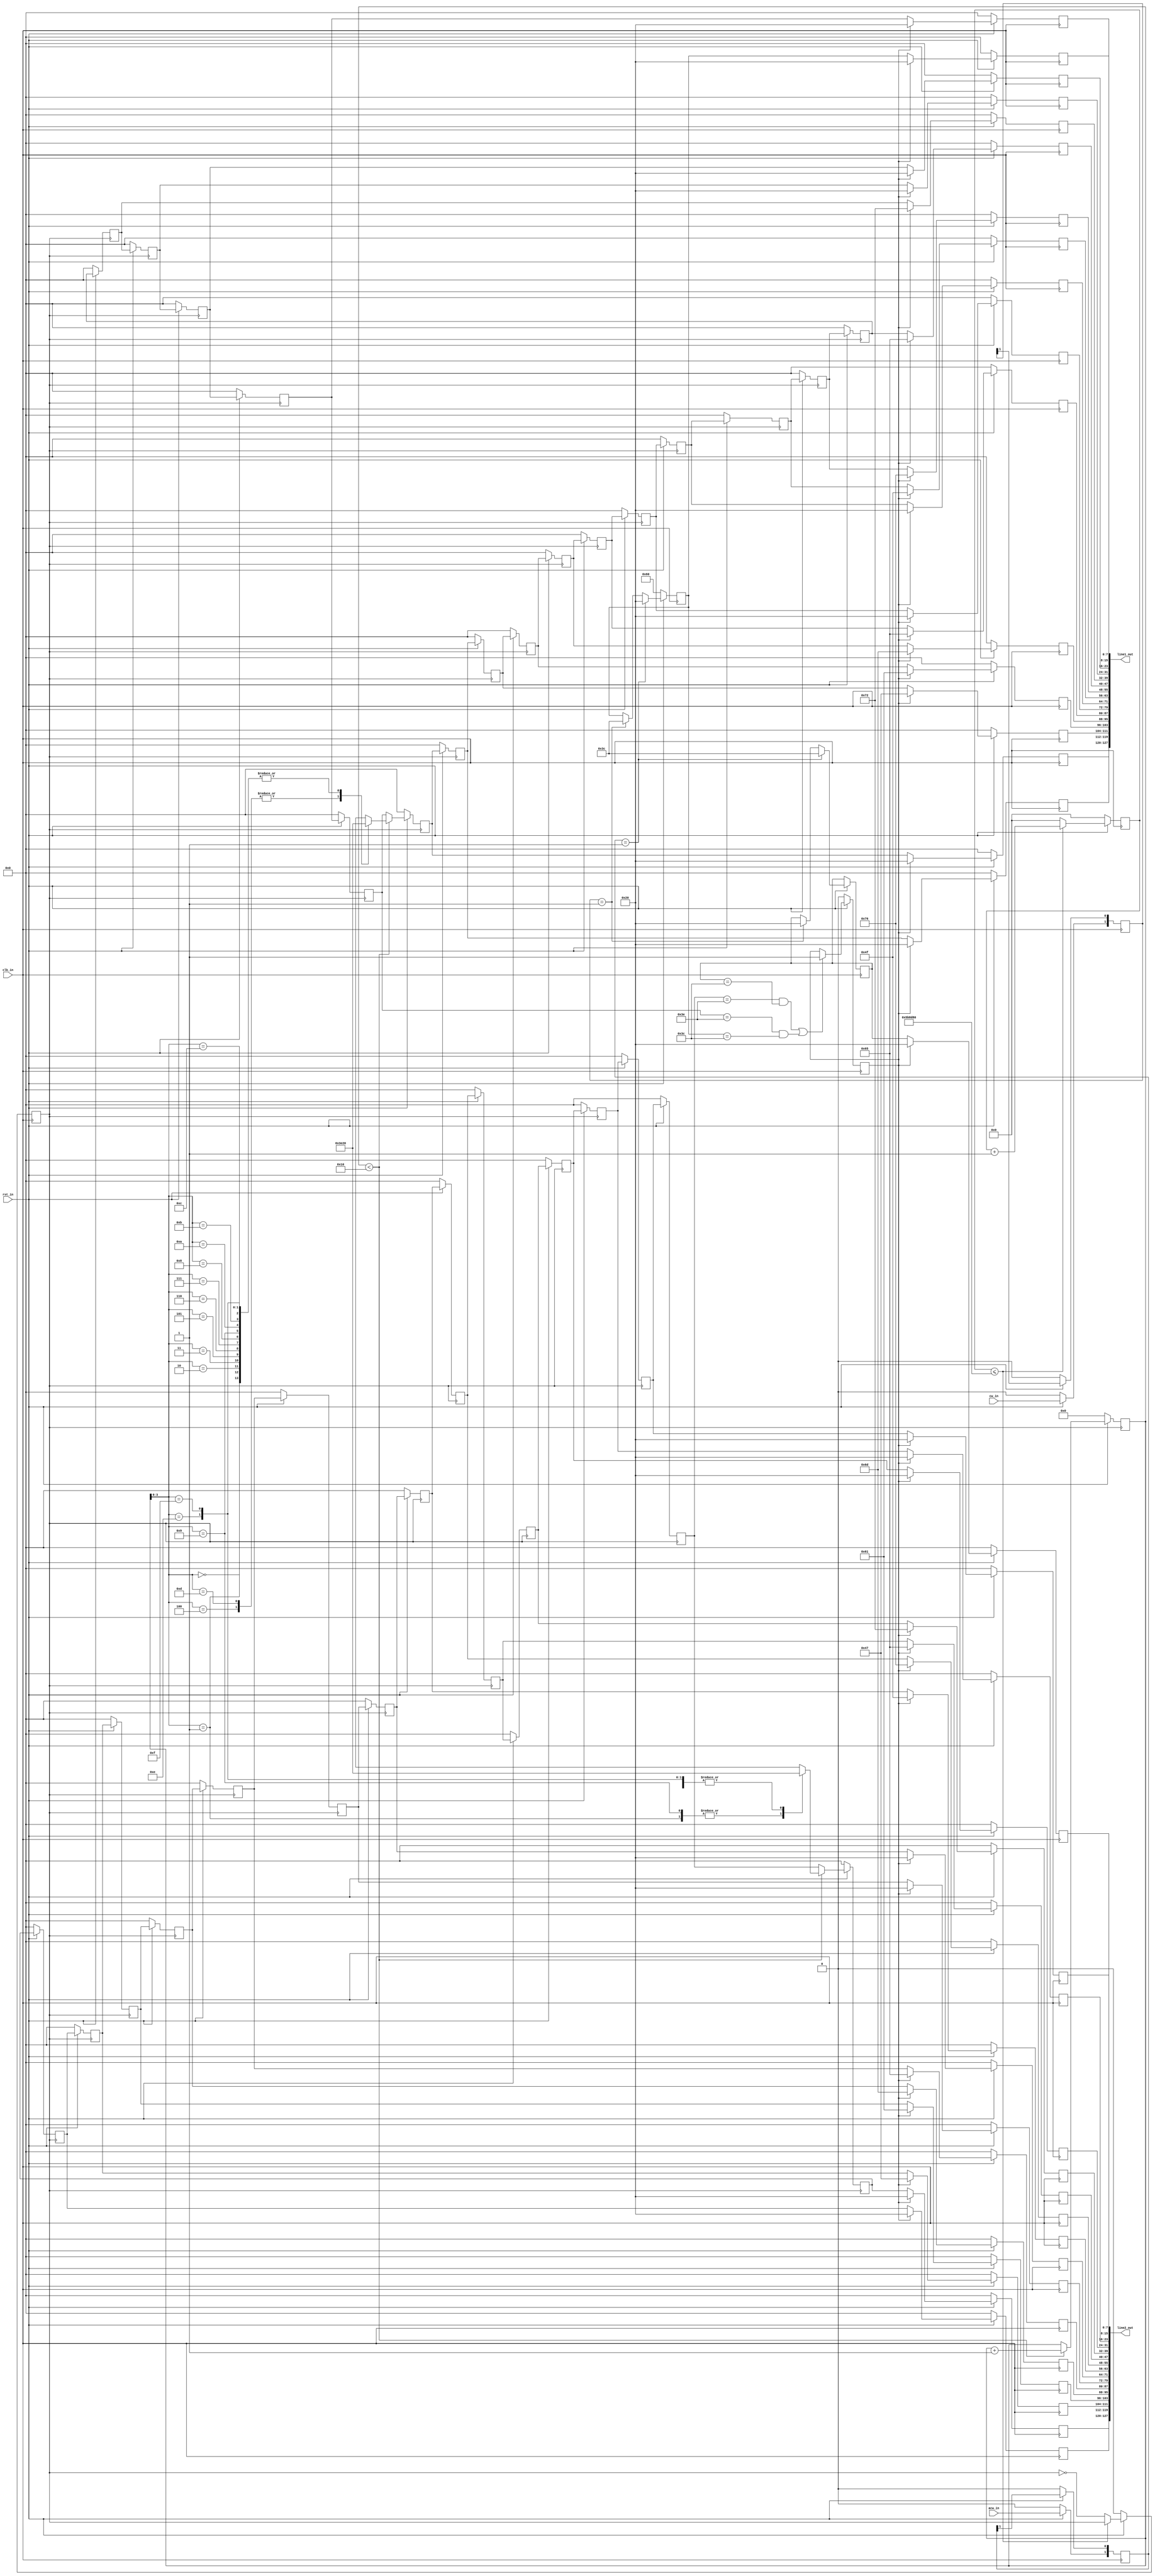
`timescale 1ns / 1ps
//////////////////////////////////////////////////////////////////////////////////
// Company: 
// Engineer: 
// 
// Design Name: 
// Module Name:    game_engine 
// Project Name: 
// Target Devices: 
// Tool versions: 
// Description: 
//
// Dependencies: 
//
// Revision: 
// Revision 0.01 - File Created
// Additional Comments: 
//
//////////////////////////////////////////////////////////////////////////////////
module game_engine(
		input clk_in,
		input rst_in,
		input cw_in,
		input acw_in,
		
		output [127:0] line1_out,
		output [127:0] line2_out
    );
	
	reg clk_vel;
	reg [32:0] count_vel;
	reg [7:0] line1_buff [15:0];
	reg [7:0] line2_buff [15:0];
	wire [7:0] env1_arr [15:0];
	wire [7:0] env2_arr [15:0];
	
	reg [1:0] cw_buff,acw_buff;
	reg [4:0]load_count ;
	
	reg [7:0]car_left;
	reg [7:0] car_right;
	
	reg [7:0] line1_mix [15:0];
	reg [7:0] line2_mix [15:0];
	reg game_over;
	wire [7:0] msg_game_over[15:0];
	
	
	
	
	assign msg_game_over[15] = " ";
	assign msg_game_over[14] = " ";
	assign msg_game_over[13] = "G";
	assign msg_game_over[12] = "a";
	assign msg_game_over[11] = "m";
	assign msg_game_over[10] = "e";
	assign msg_game_over[9] =  " ";
	assign msg_game_over[8] = " ";
	assign msg_game_over[7] = "O";
	assign msg_game_over[6] = "v";
	assign msg_game_over[5] = "e";
	assign msg_game_over[4] = "r";
	assign msg_game_over[3] = " ";
	assign msg_game_over[2] = " ";
	assign msg_game_over[1] = " ";
	assign msg_game_over[0] = " ";
	
	
	assign env1_arr[15] = " ";
	assign env1_arr[14] = " ";
	assign env1_arr[13] = ">";
	assign env1_arr[12] = " ";
	assign env1_arr[11] = " ";
	assign env1_arr[10] = " ";
	assign env1_arr[9] = " ";
	assign env1_arr[8] = " ";
	assign env1_arr[7] = " ";
	assign env1_arr[6] = " ";
	assign env1_arr[5] = " ";
	assign env1_arr[4] = ">";
	assign env1_arr[3] = " ";
	assign env1_arr[2] = " ";
	assign env1_arr[1] = " ";
	assign env1_arr[0] = " ";
	
	
	assign env2_arr[15] = " ";
	assign env2_arr[14] = " ";
	assign env2_arr[13] = " ";
	assign env2_arr[12] = " ";
	assign env2_arr[11] = " ";
	assign env2_arr[10] = " ";
	assign env2_arr[9] = ">";
	assign env2_arr[8] = " ";
	assign env2_arr[7] = " ";
	assign env2_arr[6] = " ";
	assign env2_arr[5] = " ";
	assign env2_arr[4] = " ";
	assign env2_arr[3] = " ";
	assign env2_arr[2] = " ";
	assign env2_arr[1] = ">";
	assign env2_arr[0] = " ";
	
	
	
	always@(posedge clk_in) begin
		if(!rst_in) begin
			cw_buff<=2'b0;
			acw_buff<=2'b0;
			car_left<=8'h20;
			car_left<=8'h60;
		end else begin
			cw_buff[0]<=cw_buff[1];
			cw_buff[1]<=cw_in;
			acw_buff[0]<=acw_buff[1];
			acw_buff[1]<=acw_in;
			if(acw_buff==2'b01) begin
				car_left<=" ";
				car_right<="<";
			end else begin
				if(cw_buff==2'b01) begin
					car_left<="<";
					car_right<=" ";
				end
			end
		end
	end
	
	always@(posedge clk_in) begin
		if(!rst_in) begin
			game_over<=0;
		end else begin
			if((line2_buff[0]==">" && car_right=="<")|(line1_buff[0]==">" && car_left=="<")) begin
				game_over<=1'b1;
			end
		end
	end
	
	genvar b;
	generate
	for(b=15;b>0;b=b-1) begin : GameMix
		always@(posedge clk_in) begin
			if(!rst_in) begin
				line1_mix[b]<=0;
				line2_mix[b]<=0;
			end else begin
				if(!game_over) begin
					line1_mix[b]<=line1_buff[b];
					line2_mix[b]<=line2_buff[b];
				end else begin
					line1_mix[b]<=msg_game_over[b];
					line2_mix[b]<=msg_game_over[b];
				end
			end
		end
	end
	endgenerate
	
		always@(posedge clk_in) begin
			if(!rst_in) begin
				line1_mix[0]<=0;
				line2_mix[0]<=0;
			end else begin
				if(!game_over) begin
					line1_mix[0]<=car_left;
					line2_mix[0]<=car_right;
				end else begin
					line1_mix[0]<=msg_game_over[0];
					line2_mix[0]<=msg_game_over[0];
				end
			end
		end
	always @(posedge clk_in) begin
		if(!rst_in) begin
			clk_vel<=0;
			count_vel<=0;
		end else begin
			if(count_vel<=32'd6000000) begin
				count_vel<=count_vel+1;
			end
			else begin
				clk_vel<=!clk_vel;
				count_vel<=0;
			end
		end
	end
	
	genvar c;
	generate
	for (c=15;c>0;c=c-1) begin : GameMem
		always @(posedge clk_vel) begin
			if(!rst_in) begin
				line1_buff[c-1]<=0;
				line2_buff[c-1]<=0;
			end
			else begin
				line1_buff[c-1]<=line1_buff[c];
				line2_buff[c-1]<=line2_buff[c];
			end
		end
	end
	endgenerate
	
	always@(posedge clk_vel) begin
		if(!rst_in) begin
			load_count<=0;
			line1_buff[15]<=0;
			line2_buff[15]<=0;
		end else begin		
			if(load_count<5'd16) begin
				line1_buff[15]<=env1_arr[load_count];
				line2_buff[15]<=env2_arr[load_count];
				load_count<=load_count+1;
			end else begin
				line1_buff[15]<=line1_buff[0];
				line2_buff[15]<=line2_buff[0];
			end
		end
	end
		assign line1_out[7:0]=line1_mix[0];
		assign line1_out[15:8]=line1_mix[1];
		assign line1_out[23:16]=line1_mix[2];
		assign line1_out[31:24]=line1_mix[3];
		assign line1_out[39:32]=line1_mix[4];
		assign line1_out[47:40]=line1_mix[5];
		assign line1_out[55:48]=line1_mix[6];
		assign line1_out[63:56]=line1_mix[7];
		assign line1_out[71:64]=line1_mix[8];
		assign line1_out[79:72]=line1_mix[9];
		assign line1_out[87:80]=line1_mix[10];
		assign line1_out[95:88]=line1_mix[11];
		assign line1_out[103:96]=line1_mix[12];
		assign line1_out[111:104]=line1_mix[13];
		assign line1_out[119:112]=line1_mix[14];
		assign line1_out[127:120]=line1_mix[15];
		
		assign line2_out[7:0]=line2_mix[0];
		assign line2_out[15:8]=line2_mix[1];
		assign line2_out[23:16]=line2_mix[2];
		assign line2_out[31:24]=line2_mix[3];
		assign line2_out[39:32]=line2_mix[4];
		assign line2_out[47:40]=line2_mix[5];
		assign line2_out[55:48]=line2_mix[6];
		assign line2_out[63:56]=line2_mix[7];
		assign line2_out[71:64]=line2_mix[8];
		assign line2_out[79:72]=line2_mix[9];
		assign line2_out[87:80]=line2_mix[10];
		assign line2_out[95:88]=line2_mix[11];
		assign line2_out[103:96]=line2_mix[12];
		assign line2_out[111:104]=line2_mix[13];
		assign line2_out[119:112]=line2_mix[14];
		assign line2_out[127:120]=line2_mix[15];
	
endmodule